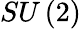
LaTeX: SU\left(2\right)